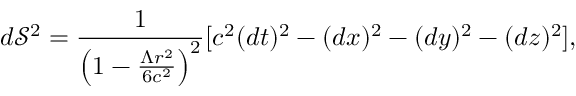
d \mathcal S ^ { 2 } = \frac { 1 } { \left( 1 - \frac { { \Lambda } r ^ { 2 } } { 6 c ^ { 2 } } \right) ^ { 2 } } [ c ^ { 2 } ( d t ) ^ { 2 } - ( d x ) ^ { 2 } - ( d y ) ^ { 2 } - ( d z ) ^ { 2 } ] ,